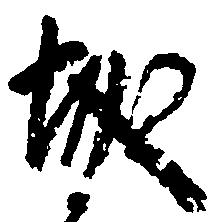
城